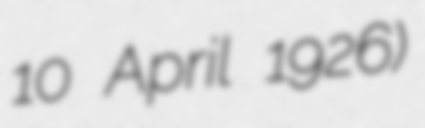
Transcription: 10 April 1926)